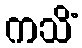
ကသိံ